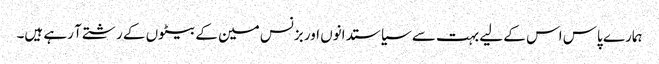
ہمارے پاس اس کے لیے بہت سے سیاستدانوں اور بزنس مین کے بیٹوں کے رشتے آ رہے ہیں۔